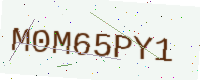
Text: M0M65PY1